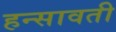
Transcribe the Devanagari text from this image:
हन्सावती